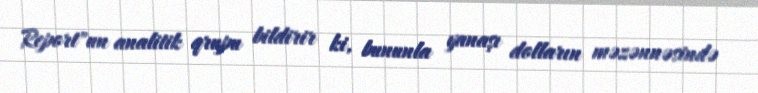
Report"un analitik qrupu bildirir ki, bununla yanaşı dolların məzənnəsində